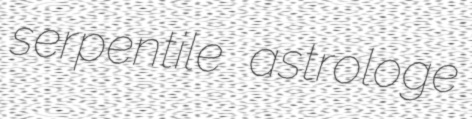
serpentile astrologe